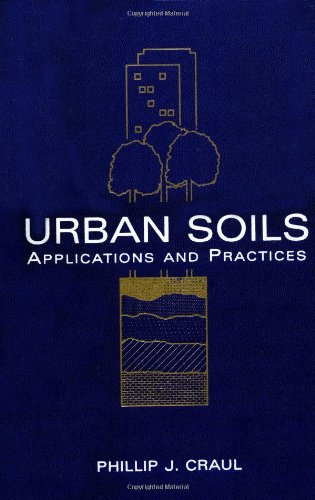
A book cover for Urban Soils: Applications and Practices; Phillip J. Craul; Science & Math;